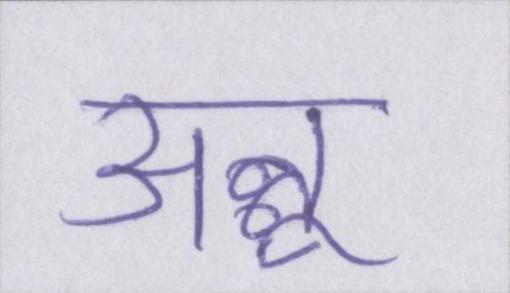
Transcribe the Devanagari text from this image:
अन्नू